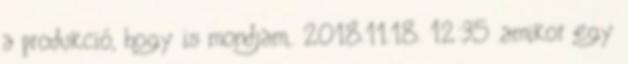
a produkció, hogy is mondjam,. 2018.11.18. 12:35 .amikor egy